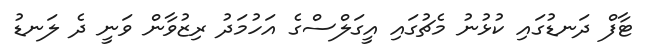
ޓާފް ދަނޑުގައި ކުޅުނު މެޗުގައި އީގަލްސްގެ އަހުމަދު ރިޒުވާން ވަނީ ދެ ލަނޑު